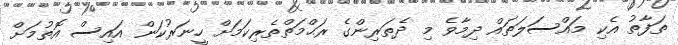
ތަފާތު އެކި މައްސަލަތައް ދިމާވެ މި ދެތަރިންގެ ރަޙްމަތްތެރިކަމަށް ހީނަރުކަން އައިސް އޮތުމަށް